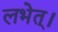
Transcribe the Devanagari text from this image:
लभेत्।